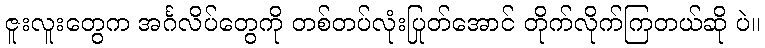
ဇူးလူးတွေက အင်္ဂလိပ်တွေကို တစ်တပ်လုံးပြုတ်အောင် တိုက်လိုက်ကြတယ်ဆို ပဲ။